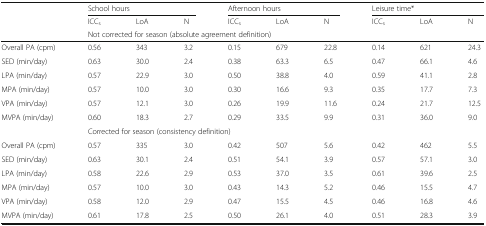
<table><thead><tr><td rowspan="3">[EMPTY_CELL]</td><td colspan="3"><b>School hours</b></td><td colspan="3"><b>Afternoon hours</b></td><td colspan="3"><b>Leisure time*</b></td></tr><tr><td><b>ICC<sub>s</sub></b></td><td><b>LoA</b></td><td><b>N</b></td><td><b>ICC<sub>s</sub></b></td><td><b>LoA</b></td><td><b>N</b></td><td><b>ICC<sub>s</sub></b></td><td><b>LoA</b></td><td><b>N</b></td></tr><tr><td colspan="9"><b>Not corrected for season (absolute agreement definition)</b></td></tr></thead><tbody><tr><td>Overall PA (cpm)</td><td>0.56</td><td>343</td><td>3.2</td><td>0.15</td><td>679</td><td>22.8</td><td>0.14</td><td>621</td><td>24.3</td></tr><tr><td>SED (min/day)</td><td>0.63</td><td>30.0</td><td>2.4</td><td>0.38</td><td>63.3</td><td>6.5</td><td>0.47</td><td>66.1</td><td>4.6</td></tr><tr><td>LPA (min/day)</td><td>0.57</td><td>22.9</td><td>3.0</td><td>0.50</td><td>38.8</td><td>4.0</td><td>0.59</td><td>41.1</td><td>2.8</td></tr><tr><td>MPA (min/day)</td><td>0.57</td><td>10.0</td><td>3.0</td><td>0.30</td><td>16.6</td><td>9.3</td><td>0.35</td><td>17.7</td><td>7.3</td></tr><tr><td>VPA (min/day)</td><td>0.57</td><td>12.1</td><td>3.0</td><td>0.26</td><td>19.9</td><td>11.6</td><td>0.24</td><td>21.7</td><td>12.5</td></tr><tr><td>MVPA (min/day)</td><td>0.60</td><td>18.3</td><td>2.7</td><td>0.29</td><td>33.5</td><td>9.9</td><td>0.31</td><td>36.0</td><td>9.0</td></tr><tr><td>[EMPTY_CELL]</td><td colspan="9">Corrected for season (consistency definition)</td></tr><tr><td>Overall PA (cpm)</td><td>0.57</td><td>335</td><td>3.0</td><td>0.42</td><td>507</td><td>5.6</td><td>0.42</td><td>462</td><td>5.5</td></tr><tr><td>SED (min/day)</td><td>0.63</td><td>30.1</td><td>2.4</td><td>0.51</td><td>54.1</td><td>3.9</td><td>0.57</td><td>57.1</td><td>3.0</td></tr><tr><td>LPA (min/day)</td><td>0.58</td><td>22.6</td><td>2.9</td><td>0.53</td><td>37.0</td><td>3.5</td><td>0.61</td><td>39.6</td><td>2.5</td></tr><tr><td>MPA (min/day)</td><td>0.57</td><td>10.0</td><td>3.0</td><td>0.43</td><td>14.3</td><td>5.2</td><td>0.46</td><td>15.5</td><td>4.7</td></tr><tr><td>VPA (min/day)</td><td>0.58</td><td>12.0</td><td>2.9</td><td>0.47</td><td>15.5</td><td>4.5</td><td>0.46</td><td>16.8</td><td>4.6</td></tr><tr><td>MVPA (min/day)</td><td>0.61</td><td>17.8</td><td>2.5</td><td>0.50</td><td>26.1</td><td>4.0</td><td>0.51</td><td>28.3</td><td>3.9</td></tr></tbody></table>